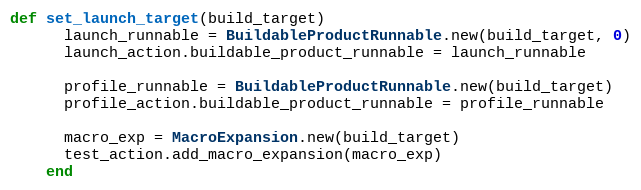
Language: Ruby
def set_launch_target(build_target)
      launch_runnable = BuildableProductRunnable.new(build_target, 0)
      launch_action.buildable_product_runnable = launch_runnable

      profile_runnable = BuildableProductRunnable.new(build_target)
      profile_action.buildable_product_runnable = profile_runnable

      macro_exp = MacroExpansion.new(build_target)
      test_action.add_macro_expansion(macro_exp)
    end